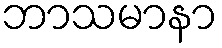
ဘာသမာနာ